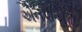
એનપીએની